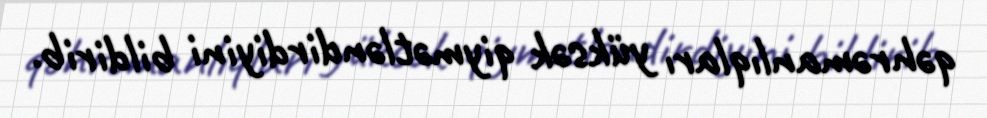
qəhrəmanlıqları yüksək qiymətləndirdiyini bildirib.